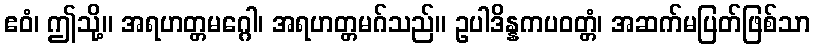
ဧဝံ၊ ဤသို့။ အရဟတ္တမဂ္ဂေါ၊ အရဟတ္တမဂ်သည်။ ဥပါဒိန္နကပဝတ္တံ၊ အဆက်မပြတ်ဖြစ်သာ